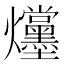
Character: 𪺌